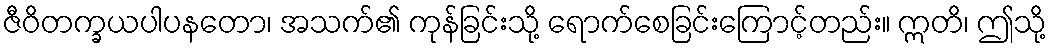
ဇီဝိတက္ခယပါပနတော၊ အသက်၏ ကုန်ခြင်းသို့ ရောက်စေခြင်းကြောင့်တည်း။ ဣတိ၊ ဤသို့